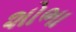
શોભા